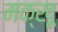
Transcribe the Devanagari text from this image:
मक्खू